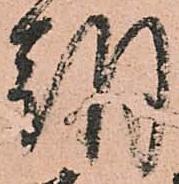
朝